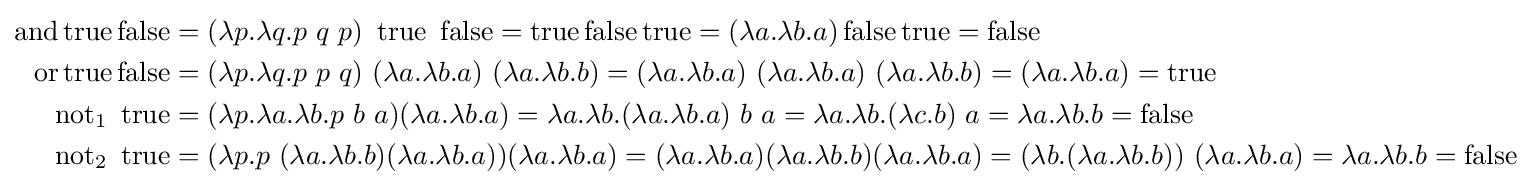
{\begin{aligned}\operatorname {and} \operatorname {true} \operatorname {false} &=(\lambda p.\lambda q.p\ q\ p)\ \operatorname {true} \ \operatorname {false} =\operatorname {true} \operatorname {false} \operatorname {true} =(\lambda a.\lambda b.a)\operatorname {false} \operatorname {true} =\operatorname {false} \\\operatorname {or} \operatorname {true} \operatorname {false} &=(\lambda p.\lambda q.p\ p\ q)\ (\lambda a.\lambda b.a)\ (\lambda a.\lambda b.b)=(\lambda a.\lambda b.a)\ (\lambda a.\lambda b.a)\ (\lambda a.\lambda b.b)=(\lambda a.\lambda b.a)=\operatorname {true} \\\operatorname {not} _{1}\ \operatorname {true} &=(\lambda p.\lambda a.\lambda b.p\ b\ a)(\lambda a.\lambda b.a)=\lambda a.\lambda b.(\lambda a.\lambda b.a)\ b\ a=\lambda a.\lambda b.(\lambda c.b)\ a=\lambda a.\lambda b.b=\operatorname {false} \\\operatorname {not} _{2}\ \operatorname {true} &=(\lambda p.p\ (\lambda a.\lambda b.b)(\lambda a.\lambda b.a))(\lambda a.\lambda b.a)=(\lambda a.\lambda b.a)(\lambda a.\lambda b.b)(\lambda a.\lambda b.a)=(\lambda b.(\lambda a.\lambda b.b))\ (\lambda a.\lambda b.a)=\lambda a.\lambda b.b=\operatorname {false} \end{aligned}}